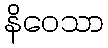
နိဝေသာ